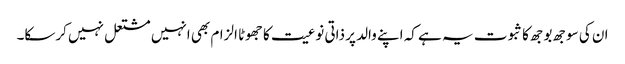
ان کی سوجھ بوجھ کا ثبوت یہ ہے کہ اپنے والد پر ذاتی نوعیت کا جھوٹا الزام بھی انہیں مشتعل نہیں کرسکا۔